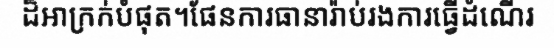
ដ៏អាក្រក់បំផុត។ផែនការធានារ៉ាប់រងការធ្វើដំណើរ